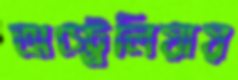
অস্ট্র্রেলিয়ায়